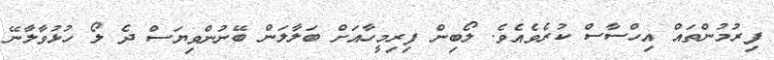
ފިރުމުންތައް އިހްސާސް ކުރެވެއެވެ. ލޯބިން ފިރިމީހާއަށް ބަލާލަން ބޭނުންވިޔަސް ދެ ލޯ ހުޅުވާލާނޭ